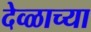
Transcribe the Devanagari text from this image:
देव्ळाच्या